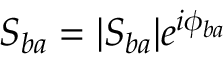
S _ { b a } = | S _ { b a } | e ^ { i \phi _ { b a } }